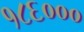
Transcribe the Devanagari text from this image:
१८६०००